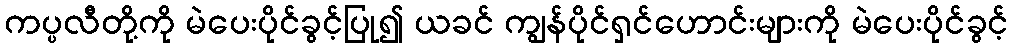
ကပ္ပလီတို့ကို မဲပေးပိုင်ခွင့်ပြု၍ ယခင် ကျွန်ပိုင်ရှင်ဟောင်းများကို မဲပေးပိုင်ခွင့်